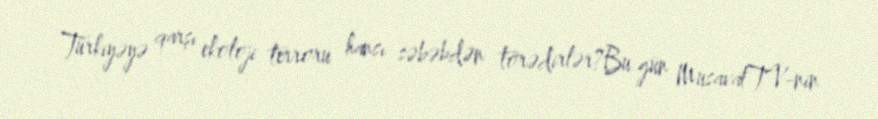
Türkiyəyə qarşı ekoloji terroru hansı səbəbdən törədirlər?Bu gün MusavatTV-nin